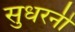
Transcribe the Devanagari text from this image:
सुधरनी